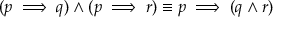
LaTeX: ( p \implies q ) \wedge ( p \implies r ) \equiv p \implies ( q \wedge r )